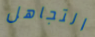
التجاهل